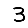
Digit: 3